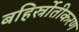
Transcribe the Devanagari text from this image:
बहिर्स्रोतीकरण